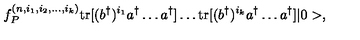
f _ { P } ^ { ( n , i _ { 1 } , i _ { 2 } , \dots , i _ { k } ) } \mathrm { t r } [ ( b ^ { \dagger } ) ^ { i _ { 1 } } a ^ { \dagger } \dots a ^ { \dagger } ] \dots \mathrm { t r } [ ( b ^ { \dagger } ) ^ { i _ { k } } a ^ { \dagger } \dots a ^ { \dagger } ] | 0 > ,